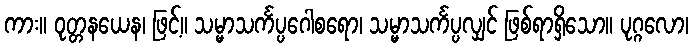
ကား။ ဝုတ္တနယေန၊ ဖြင့်။ သမ္မာသင်္ကပ္ပဂေါစရော၊ သမ္မာသင်္ကပ္ပလျှင် ဖြစ်ရာရှိသော။ ပုဂ္ဂလော၊